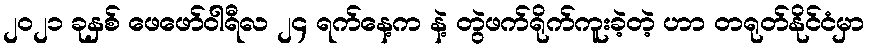
၂၀၂၁ ခုနှစ် ဖေဖော်ဝါရီလ ၂၄ ရက်နေ့က နဲ့ တွဲဖက်ရိုက်ကူးခဲ့တဲ့ ဟာ တရုတ်နိုင်ငံမှာ